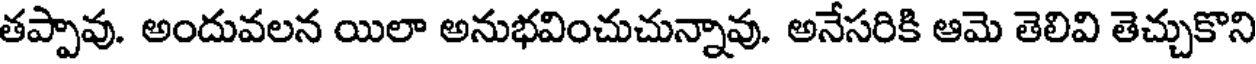
తప్పావు. అందువలన యిలా అనుభవించుచున్నావు. అనేసరికి ఆమె తెలివి తెచ్చుకొని